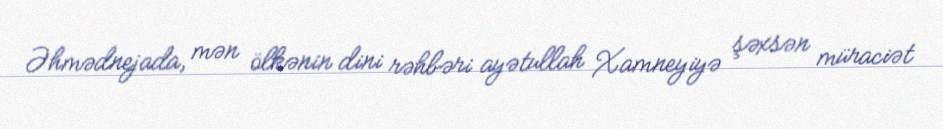
Əhmədnejada, mən ölkənin dini rəhbəri ayətullah Xamneyiyə şəxsən müraciət